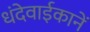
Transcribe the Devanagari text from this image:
धंदेवाईकानें